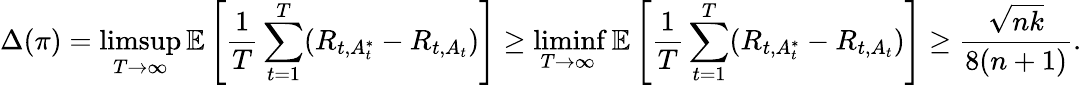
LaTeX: \Delta(\pi)=\operatorname*{limsup}_{T\rightarrow\infty}\mathbb{E}\left[\frac{1}{T}\sum_{t=1}^{T}(R_{t,A_{t}^{*}}-R_{t,A_{t}})\right]\geq\operatorname*{liminf}_{T\rightarrow\infty}\mathbb{E}\left[\frac{1}{T}\sum_{t=1}^{T}(R_{t,A_{t}^{*}}-R_{t,A_{t}})\right]\geq\frac{\sqrt{nk}}{8(n+1)}.